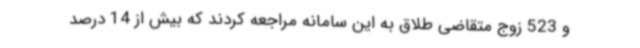
و 523 زوج متقاضی طلاق به این سامانه مراجعه کردند که بیش از 14 درصد